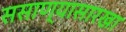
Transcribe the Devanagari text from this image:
ससाण्यासारखा